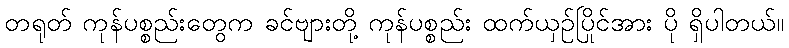
တရုတ် ကုန်ပစ္စည်းတွေက ခင်ဗျားတို့ ကုန်ပစ္စည်း ထက်ယှဉ်ပြိုင်အား ပို ရှိပါတယ်။